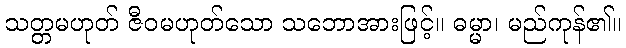
သတ္တမဟုတ် ဇီဝမဟုတ်သော သဘောအားဖြင့်။ ဓမ္မာ၊ မည်ကုန်၏။